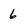
Character: 6